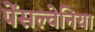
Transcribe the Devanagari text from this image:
पेंसल्वेनिया